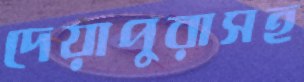
দেয়াপুরাসহ